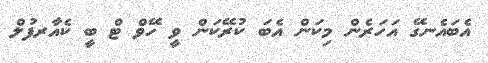
އެބައެނގޭ އަހަރެން މިކަން އެބަ ކުރޭކަން ވީ ހޭވް ޓް ބީ ކެއާރފުލް